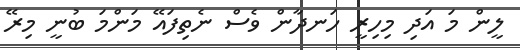
ލީން މަ އަދި މިހިރީ ހަނދާން ވެސް ނެތިފައޭ މަންމަ ބުނީ މިރޭ